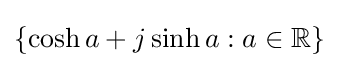
\{\cosh a+j\sinh a:a\in \mathbb {R} \}